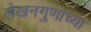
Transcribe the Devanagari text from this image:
लेखनगुणांच्या